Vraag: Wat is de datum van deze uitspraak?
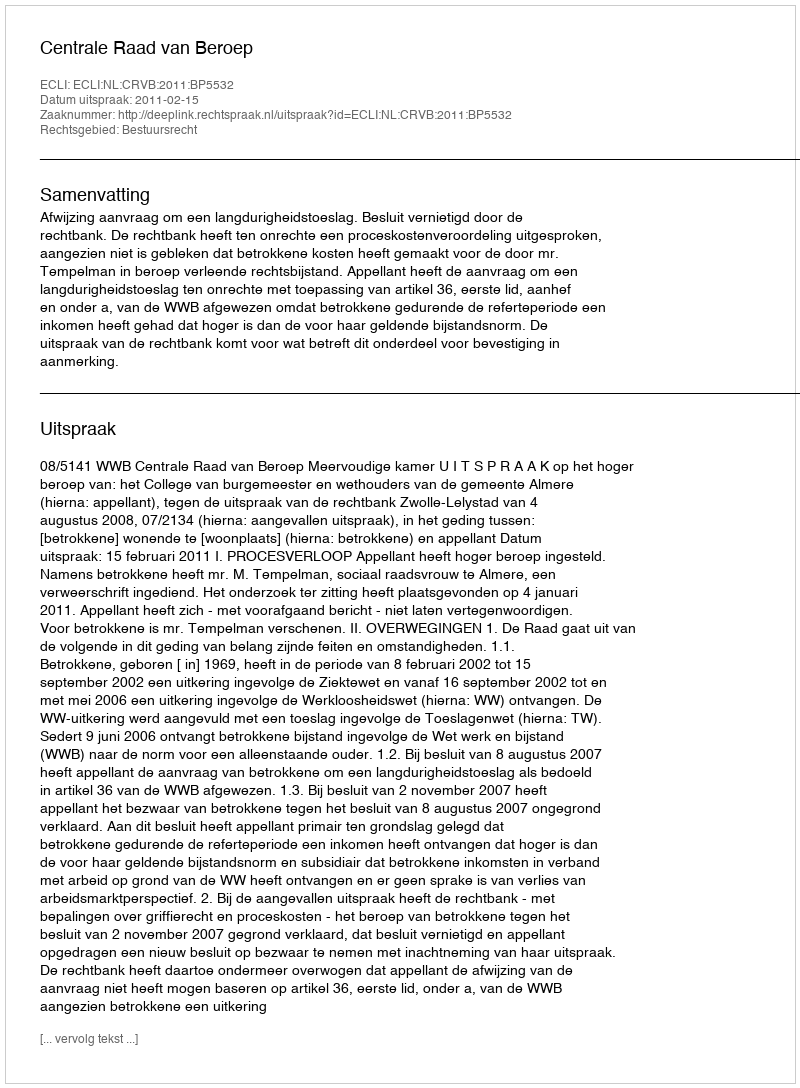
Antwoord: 2011-02-15